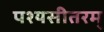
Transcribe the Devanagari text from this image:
पश्यसीतरम्